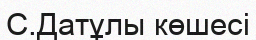
С.Датұлы көшесі